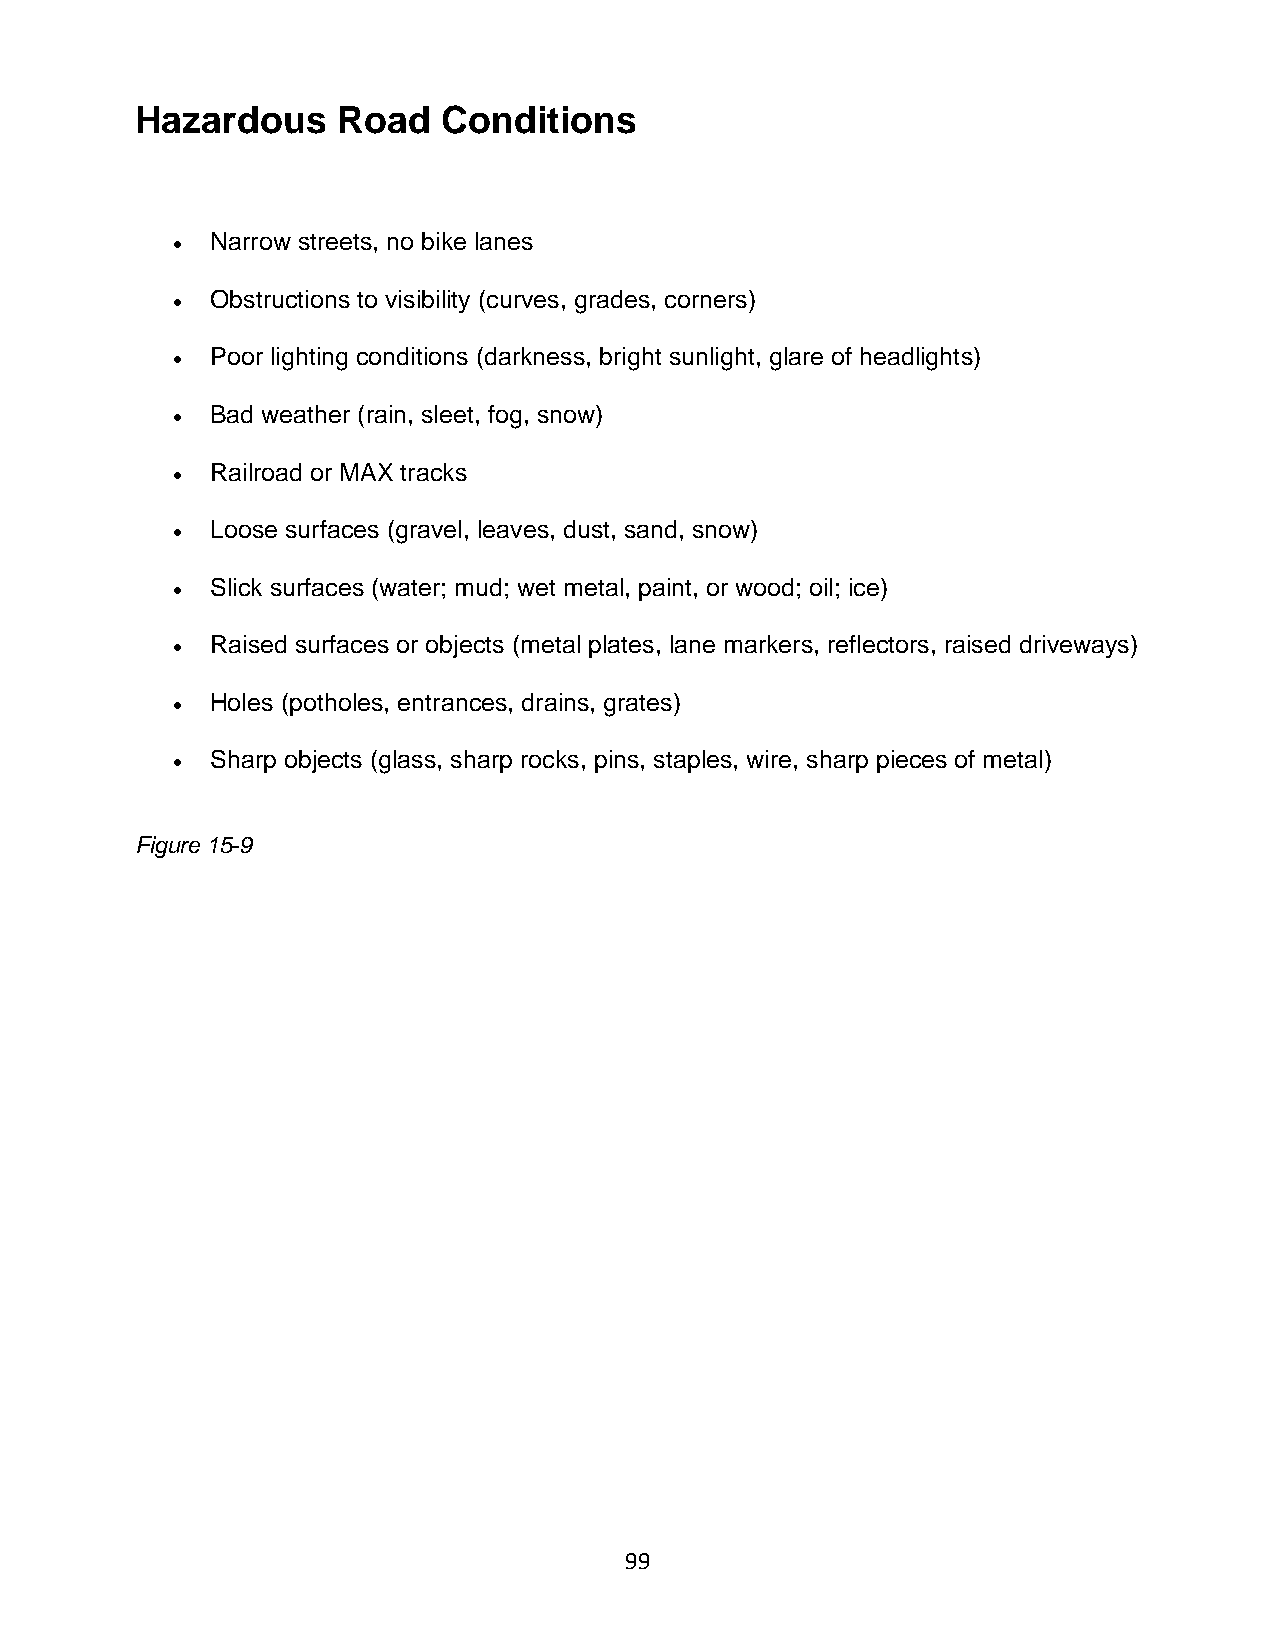
Hazardous    Road   Conditions
 •  Narrow streets, no bike lanes
 •  Obstructions to visibility (curves, grades, corners)
 •  Poor lighting conditions (darkness, bright sunlight, glare of headlights)
 •  Bad weather (rain, sleet, fog, snow)
 •  Railroad or MAX tracks
 •  Loose surfaces (gravel, leaves, dust, sand, snow)
 •  Slick surfaces (water; mud; wet metal, paint, or wood; oil; ice)
 •  Raised surfaces or objects (metal plates, lane markers, reflectors, raised driveways)
 •  Holes (potholes, entrances, drains, grates)
 •  Sharp objects (glass, sharp rocks, pins, staples, wire, sharp pieces of metal)
 Figure 15-9
 99